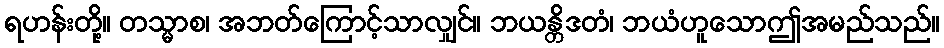
ရဟန်းတို့။ တသ္မာစ၊ အဘတ်ကြောင့်သာလျှင်။ ဘယန္တိဒတံ၊ ဘယံဟူသောဤအမည်သည်။